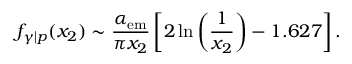
f _ { \gamma | p } ( x _ { 2 } ) \sim \frac { \alpha _ { \mathrm { e m } } } { \pi x _ { 2 } } \left[ 2 \ln \left( \frac { 1 } { x _ { 2 } } \right) - 1 . 6 2 7 \right] .